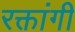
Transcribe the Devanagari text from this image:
रक्तांगी